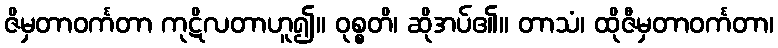
ဇိမှတာဝင်္ကတာ ကုဋိလတာဟူ၍။ ဝုစ္စတိ၊ ဆိုအပ်၏။ တာသံ၊ ထိုဇီမှတာဝင်္ကတာ၊